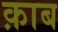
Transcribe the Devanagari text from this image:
क़ाब